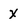
Character: x